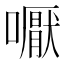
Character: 嚈